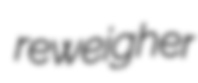
reweigher